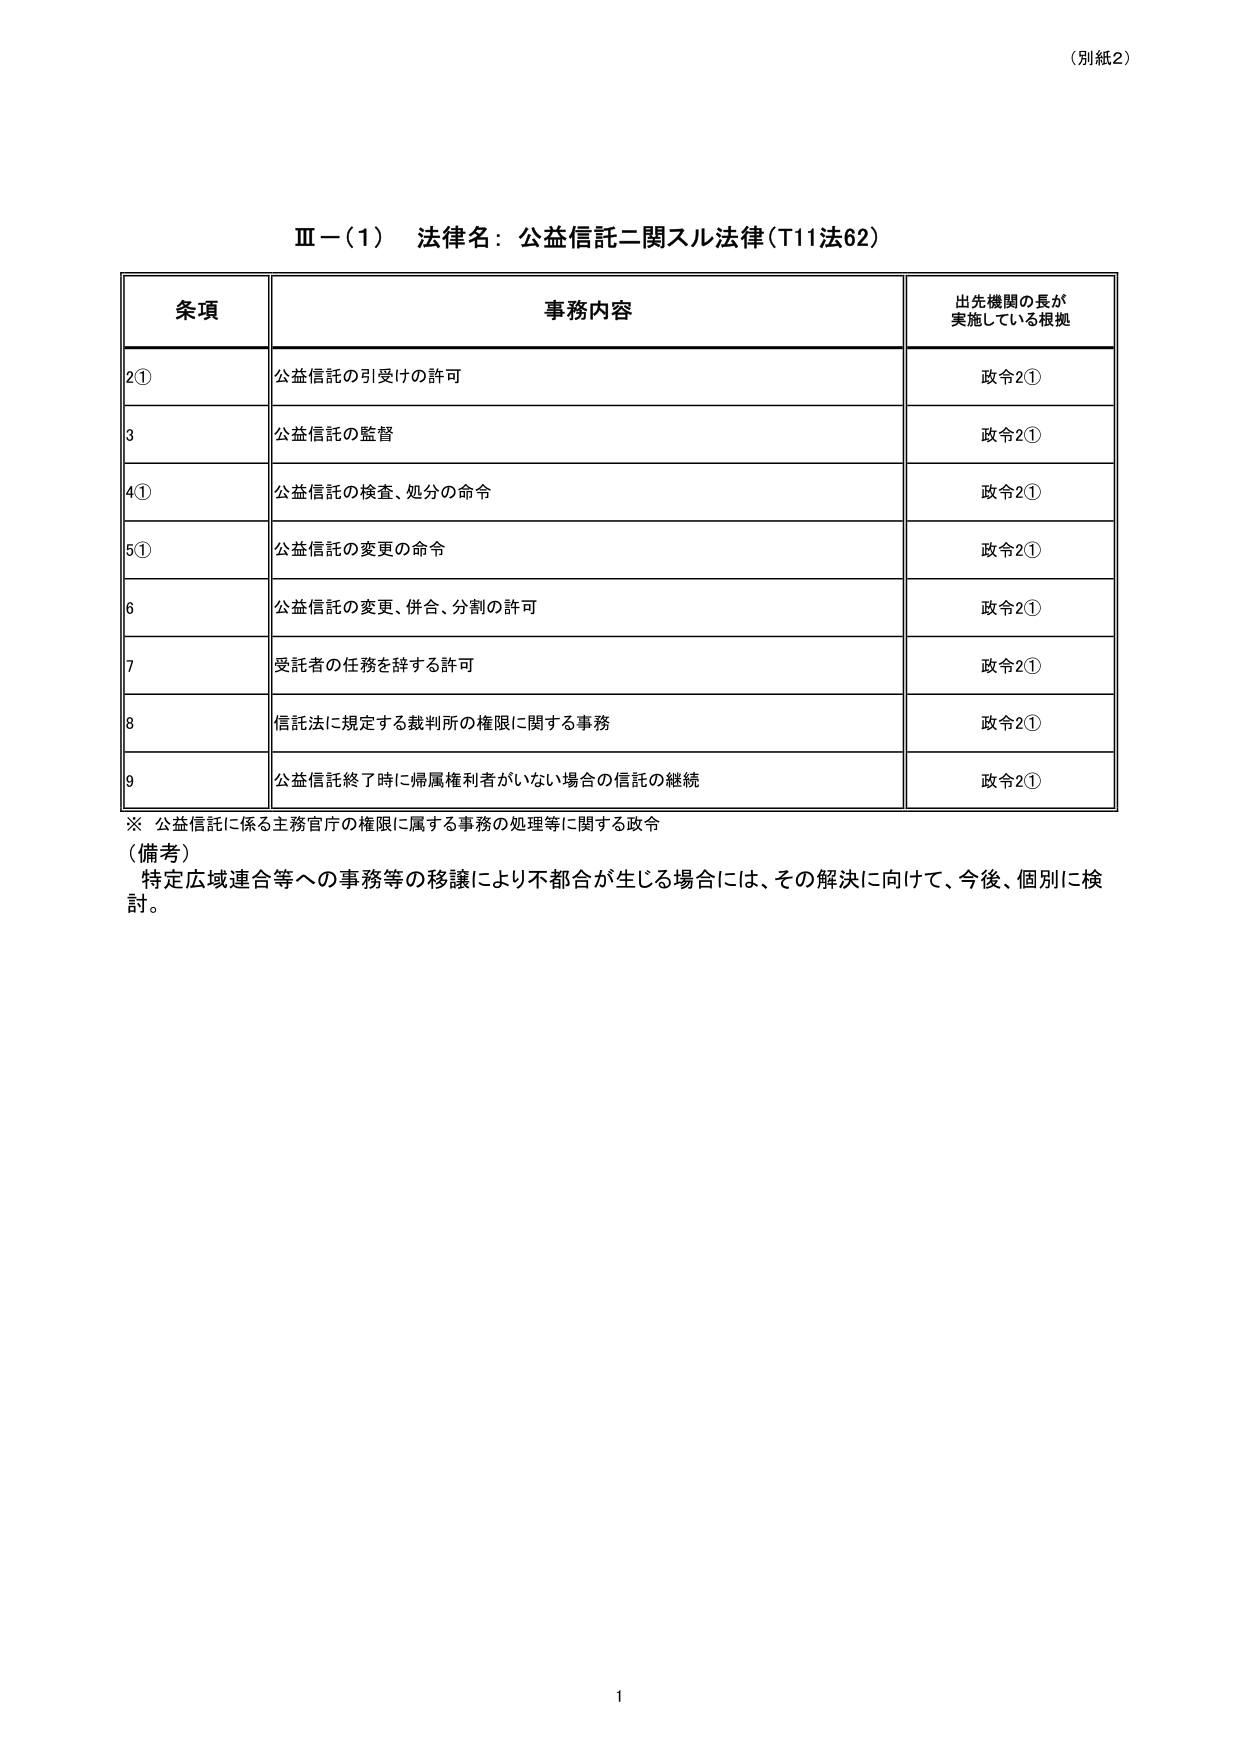
（別紙2）

Ⅲ－（1） 法律名：公益信託ニ関スル法律（T11法62）

条項 事務内容 出先機関の長が実施している根拠
2① 公益信託の引受けの許可 政令2①
3 公益信託の監督 政令2①
4① 公益信託の検査、処分の命令 政令2①
5① 公益信託の変更の命令 政令2①
6 公益信託の変更、併合、分割の許可 政令2①
7 受託者の任務を辞する許可 政令2①
8 信託法に規定する裁判所の権限に関する事務 政令2①
9 公益信託終了時に帰属権利者がいない場合の信託の継続 政令2①

※ 公益信託に係る主務官庁の権限に属する事務の処理等に関する政令

（備考）
特定広域連合等への事務等の移譲により不都合が生じる場合には、その解決に向けて、今後、個別に検討。

1